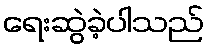
ရေးဆွဲခဲ့ပါသည်